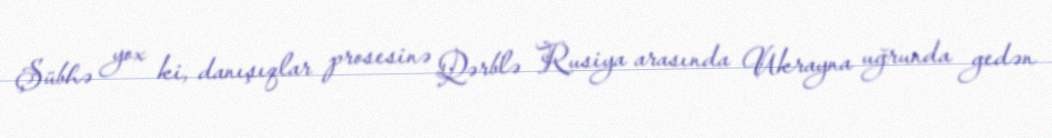
Şübhə yox ki, danışıqlar prosesinə Qərblə Rusiya arasında Ukrayna uğrunda gedən